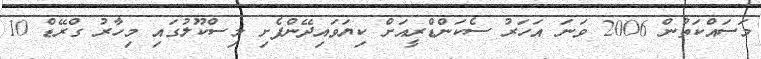
މަސައްކަތުން 2006 ވަނަ އަހަރު ސެކަންޑްރީއަށް ކިޔަވައިދޭންފެށި މިސްކޫލުގައި މިހާރު ގްރޭޑް 10